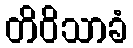
တိဝိသာခံ